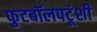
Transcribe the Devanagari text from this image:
फुटबॉलपटूंशी